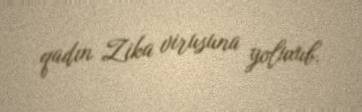
qadın Zika virusuna yoluxub.